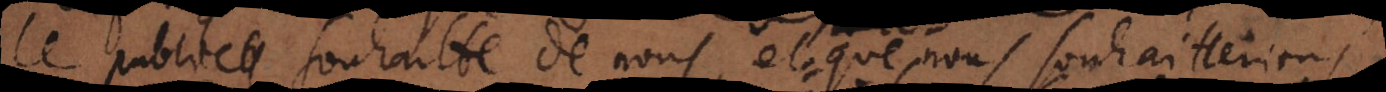
le public souhaitte de nous et que nous souhaitterions